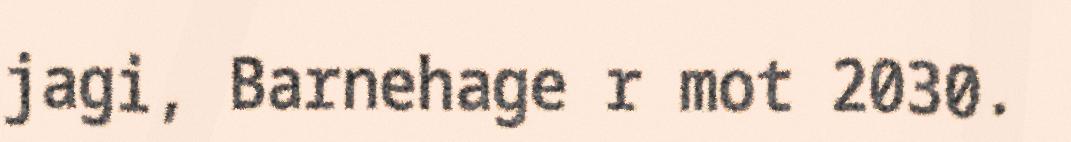
jagi, Barnehage r mot 2030.